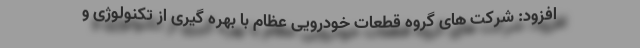
افزود: شرکت های گروه قطعات خودرویی عظام با بهره گیری از تکنولوژی و